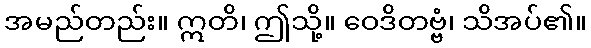
အမည်တည်း။ ဣတိ၊ ဤသို့။ ဝေဒိတဗ္ဗံ၊ သိအပ်၏။